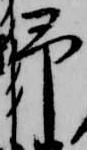
予